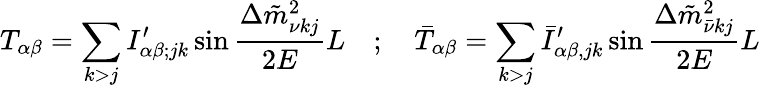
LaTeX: T_{\alpha\beta}=\sum_{k>j}I_{\alpha\beta;jk}^{\prime}\sin\frac{\Delta\tilde{m}_{\nu kj}^{2}}{2E}L\quad;\quad\bar{T}_{\alpha\beta}=\sum_{k>j}\bar{I}_{\alpha\beta,jk}^{\prime}\sin\frac{\Delta\tilde{m}_{\bar{\nu}kj}^{2}}{2E}L